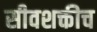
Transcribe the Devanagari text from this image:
सीवशक्तीच